Civil Veterinary Dept. Assam report 1927-50 - 1927-1950
Year: 1927
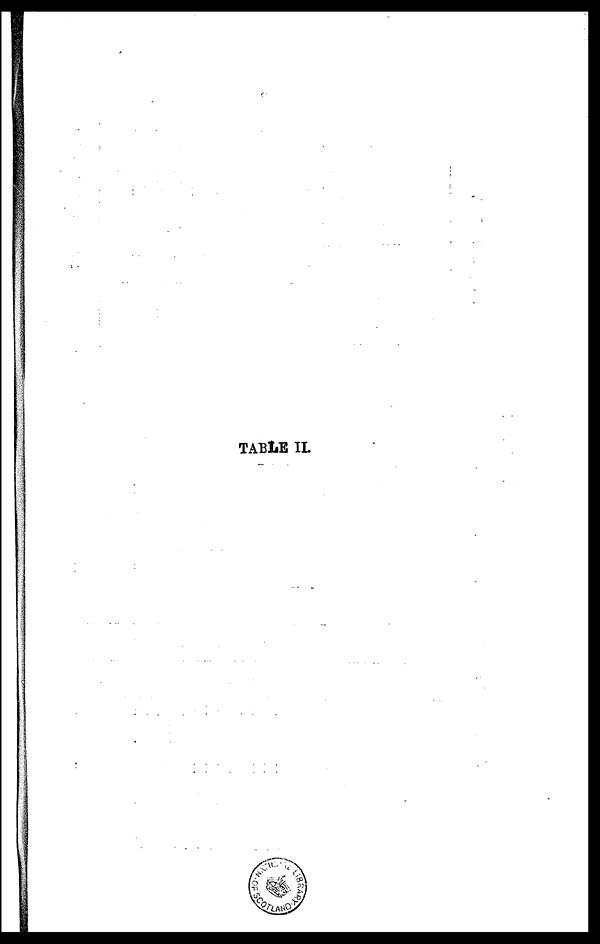
TABLE II.